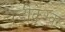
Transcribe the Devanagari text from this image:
चंडीकेश्‍वर